Indian journal of veterinary science and animal husbandry - Volumes 15-17, 1948-1951
Year: 1948
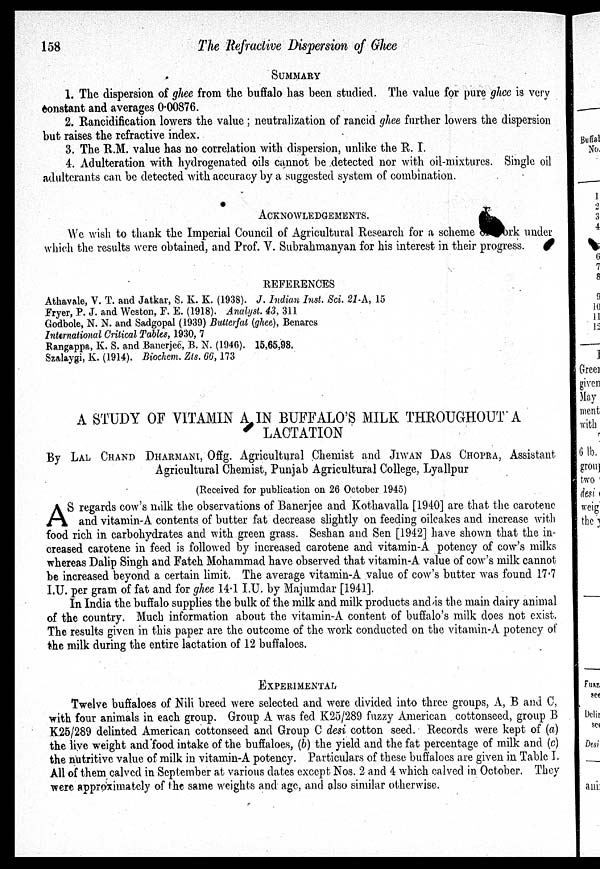
158
The Refractive Dispersion of Ghee
SUMMARY
1. The dispersion of ghee from the buffalo has been studied. The value for pure ghee is very
constant and averages 0.00876.
2. Rancidification lowers the value ; neutralization of rancid ghee further lowers the dispersion
but raises the refractive index.
3. The R.M. value has no correlation with dispersion, unlike the R. I.
4. Adulteration with hydrogenated oils cannot be detected nor with oil-mixtures. Single oil
adulterants can be detected with accuracy by a suggested system of combination.
ACKNOWLEDGEMENTS.
We wish to thank the Imperial Council of Agricultural Research for a scheme
rk under
which the results were obtained, and Prof. V. Subrahmanyan for his interest in their progress.
REFERENCES
Athavale, V. T. and Jatkar, S. K. K. (1938). J. Indian Inst. Sci. 21-A, 15
Fryer, P. J. and Weston, F. E. (1918). Analyst. 43, 311
Godbole, N. N. and Sadgopal (1939) Butterfat (ghee), Benares
International Critical Tables, 1930, 7
Rangappa, K. S. and Banerjee, B. N. (1946). 15,65,98.
Szalaygi, K. (1914). Biochem. Zts. 66,173
A STUDY OF VITAMIN A IN BUFFALO'S MILK THROUGHOUT A
LACTATION
By LAL CHAND DHARMANI, Offg. Agricultural Chemist and JIWAN DAS CHOPRA, Assistant
Agricultural Chemist, Punjab Agricultural College, Lyallpur
(Received for publication on 26 October 1945)
A S regards cow's milk the observations of Banerjee and Kothavalla [1940] are that the carotene
and vitamin-A contents of butter fat decrease slightly on feeding oilcakes and increase with
food rich in carbohydrates and with green grass. Seshan and Sen [1942] have shown that the in-
creased carotene in feed is followed by increased carotene and vitamin-A potency of cow's milks
whereas Dalip Singh and Fateh Mohammad have observed that vitamin-A value of cow's milk cannot
be increased beyond a certain limit. The average vitamin-A value of cow's butter was found 17.7
I.U. per gram of fat and for ghee 14.1 I.U. by Majumdar [1941].
In India the buffalo supplies the bulk of the milk and milk products and is the main dairy animal
of the country. Much information about the vitamin-A content of buffalo's milk does not exist.
The results given in this paper are the outcome of the work conducted on the vitamin-A potency of
the milk during the entire lactation of 12 buffaloes.
EXPERIMENTAL
Twelve buffaloes of Nili breed were selected and were divided into three groups, A, B and C,
with four animals in each group. Group A was fed K25/289 fuzzy American cottonseed, group B
K25/289 delinted American cottonseed and Group C desi cotton seed. Records were kept of (a)
the live weight and food intake of the buffaloes, (b) the yield and the fat percentage of milk and (c)
the nutritive value of milk in vitamin-A potency. Particulars of these buffaloes are given in Table I.
All of them calved in September at various dates except Nos. 2 and 4 which calved in October. They
were approximately of the same weights and age, and also similar otherwise.